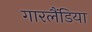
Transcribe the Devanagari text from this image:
गारलैंडिया